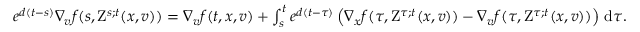
\begin{array} { r } { e ^ { d ( t - s ) } \nabla _ { v } f ( s , \mathrm { Z } ^ { s ; t } ( x , v ) ) = \nabla _ { v } f ( t , x , v ) + \int _ { s } ^ { t } e ^ { d ( t - \tau ) } \left( \nabla _ { x } f ( \tau , \mathrm { Z } ^ { \tau ; t } ( x , v ) ) - \nabla _ { v } f ( \tau , \mathrm { Z } ^ { \tau ; t } ( x , v ) ) \right) \, \mathrm { d } \tau . } \end{array}